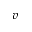
v